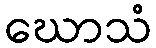
ဃောသံ